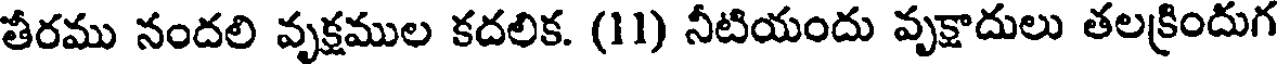
తీరము నందలి వృక్షముల కదలిక. (11) నీటియందు వృక్షాదులు తలక్రిందుగ